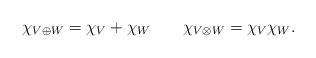
LaTeX: \begin{align*}\chi_{V \oplus W} = \chi_V + \chi_W \qquad\chi_{V \otimes W} = \chi_V \chi_W.\end{align*}